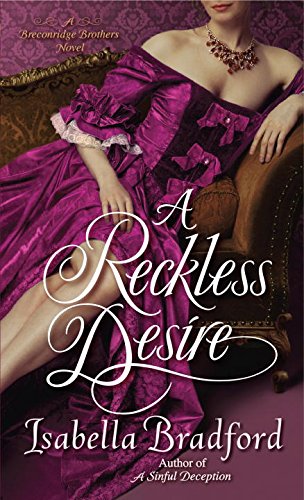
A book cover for A Reckless Desire: A Breconridge Brothers Novel (The Breconridge Brothers); Isabella Bradford; Romance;